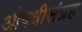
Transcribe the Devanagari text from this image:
औषधीसंग्रह